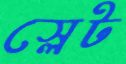
স্লেট